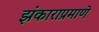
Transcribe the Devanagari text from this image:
झंकाराप्रमाणे